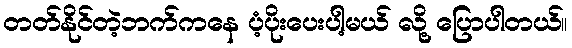
တတ်နိုင်တဲ့ဘက်ကနေ ပံ့ပိုးပေးပါ့မယ် လို့ ပြောပါတယ်။